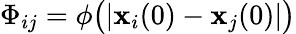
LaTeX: \Phi_{ij}=\phi\big(|\mathbf{x}_{i}(0)-\mathbf{x}_{j}(0)|\big)